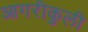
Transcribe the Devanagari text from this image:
आगरीकुली